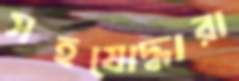
সহযোদ্ধারা